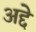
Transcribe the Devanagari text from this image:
अद्दे